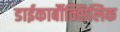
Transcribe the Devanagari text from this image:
डाईकार्बौक्सिलिक